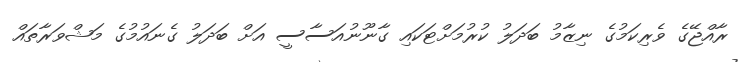
ރާއްޖޭގެ ވެރިކަމުގެ ނިޒާމު ބަދަލު ކުރުމަށްޓަކައި ގާނޫނުއަސާސީ އަށް ބަދަލު ގެނައުމުގެ މަޝްވަރާތައް